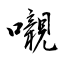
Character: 嚫